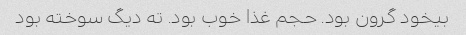
بیخود گرون بود. حجم غذا خوب بود. ته دیگ سوخته بود